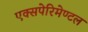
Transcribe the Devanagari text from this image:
एक्सपेरिमेण्टल